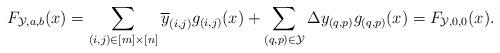
LaTeX: \begin{align*}F_{\mathcal{Y},a,b}(x) = \sum_{(i,j) \in [m] \times [n]} \overline{y}_{(i,j)}g_{(i,j)}(x) + \sum_{(q,p) \in \mathcal{Y}} \Delta y_{(q,p)}g_{(q,p)}(x) = F_{\mathcal{Y},0,0}(x).\end{align*}